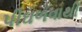
પીઘળવાથી